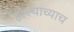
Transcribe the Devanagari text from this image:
हल्ल्याच्याच